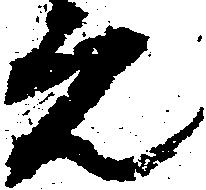
元